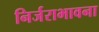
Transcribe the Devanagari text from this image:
निर्जराभावना